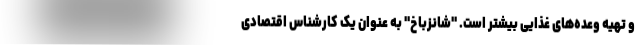
و تهیه وعده‌های غذایی بیشتر است. "شانزباخ" به عنوان یک کارشناس اقتصادی